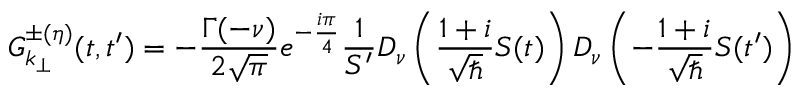
{ \cal { G } } _ { k _ { \perp } } ^ { \pm ( \eta ) } ( t , t ^ { \prime } ) = - { \frac { \Gamma ( - \nu ) } { 2 \sqrt { \pi } } } e ^ { - { \frac { i \pi } { 4 } } } { \frac { 1 } { S ^ { \prime } } } D _ { \nu } \left( { \frac { 1 + i } { \sqrt { \hbar } } } S ( t ) \right) D _ { \nu } \left( - { \frac { 1 + i } { \sqrt { \hbar } } } S ( t ^ { \prime } ) \right)